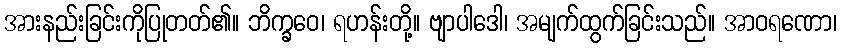
အားနည်းခြင်းကိုပြုတတ်၏။ ဘိက္ခဝေ၊ ရဟန်းတို့။ ဗျာပါဒေါ၊ အမျက်ထွက်ခြင်းသည်။ အာဝရဏော၊